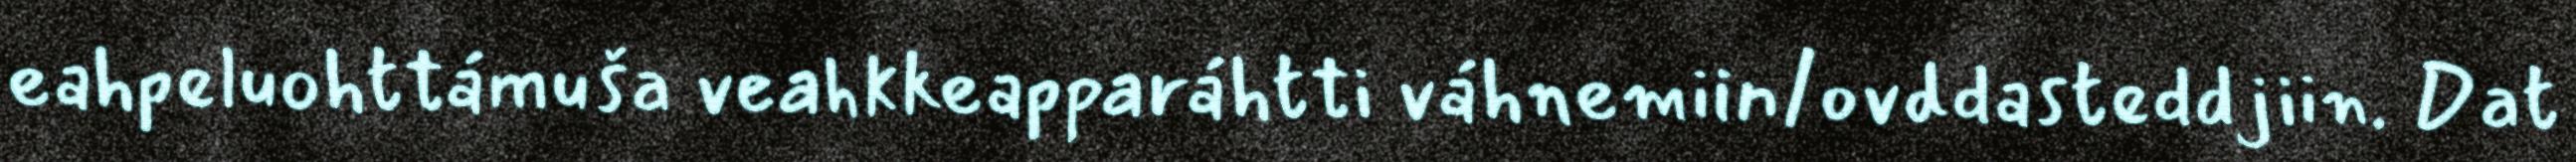
eahpeluohttámuša veahkkeapparáhtti váhnemiin/ovddasteddjiin. Dat